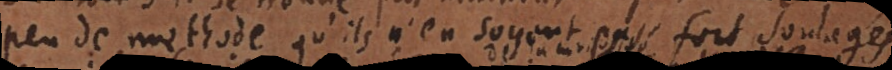
peu de methode, qu’ils n’en soyent pas fort soulagés,